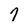
Character: 7